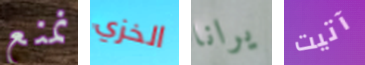
نمنع الخزي يرانا آتيت